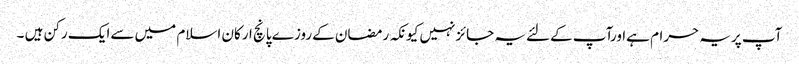
آپ پریہ حرام ہےاورآپ کےلئےیہ جائزنہیں کیونکہ رمضان کےروزے پانچ ارکان اسلام میں سےایک رکن ہیں ۔